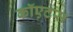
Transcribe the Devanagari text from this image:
कॉएटस